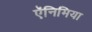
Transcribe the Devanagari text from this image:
ऍनिमिया